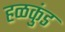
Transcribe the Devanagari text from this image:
हळकुंड